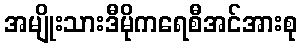
အမျိုးသားဒီမိုကရေစီအင်အားစု